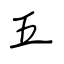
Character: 五